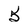
Character: 5